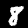
Digit: 8